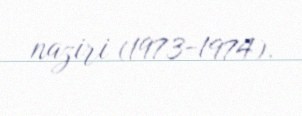
naziri (1973-1974).